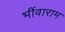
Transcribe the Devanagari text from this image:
भींवाराम